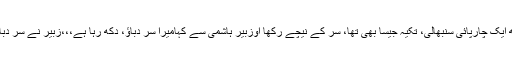
میلے غلافوں والے تکیے تھے مگر نیازی صاحب نے شان بے نیازی کے ساتھ ایک چارپائی سنبھالی، تکیہ جیسا بھی تھا، سر کے نیچے رکھا اوزبیر ہاشمی سے کہامیرا سر دباؤ، دکھ رہا ہے،،،زُبیر نے سر دبایا،،، اتنے میں بابا جی ایک بالٹی میں پانی اور ساتھ جست والے گلاس لے آئے۔